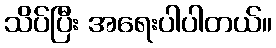
သိပ်ပြီး အရေးပါပါတယ်။